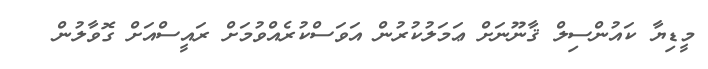
މީޑިޔާ ކައުންސިލް ޤާނޫނަށް ޢަމަލުކުރުން އަވަސްކުރެއްވުމަށް ރައީސްއަށް ގޮވާލުން